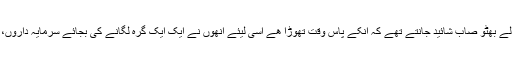
انگریز دور سے قائم دائم کمپنی سرکار اور کھوٹے سکوں کے گٹھ جوڑ پر غریب آدمی کا جُوتا رکھنے والے بھُٹو صاب شائید جانتے تھے کہ انکے پاس وقت تھوڑا ھے اسی لیئے انھوں نے ایک ایک گرہ لگانے کی بجائے سرمایہ داروں، جاگیرداروں اور افسر شاھی کو سیدھا گردن سے پکڑا اور غریبوں کو اس ملک کے مالکانہ حقوق دیدیئے۔